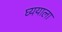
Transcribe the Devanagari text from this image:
घ्ययाला